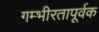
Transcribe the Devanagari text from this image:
गम्भीरतापूर्वक